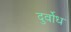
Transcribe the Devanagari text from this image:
दुर्वोध